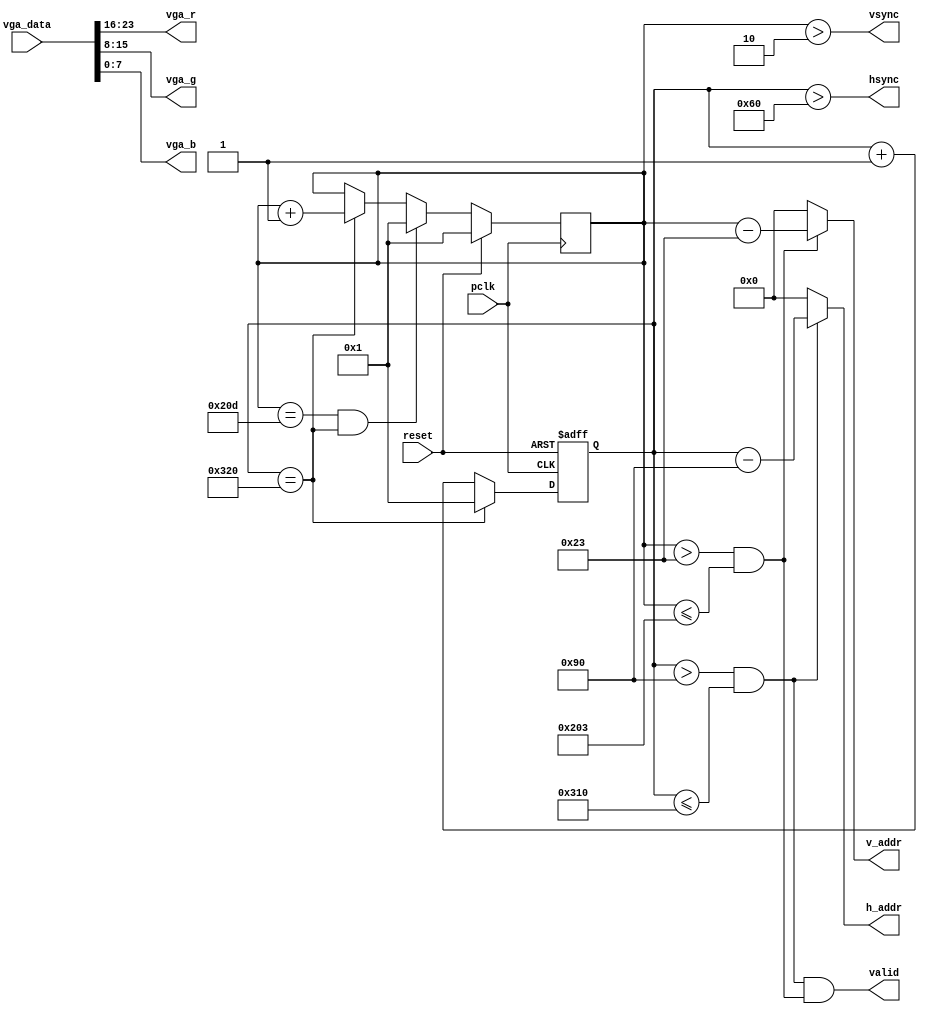
module vga_ctrl(
	input pclk,
	input reset,
	input [23:0] vga_data,
	output [9:0] h_addr,
	output [9:0] v_addr,
	output hsync,
	output vsync,
	output valid,
	output [7:0] vga_r,
	output [7:0] vga_g,
	output [7:0] vga_b
	);
	
	//640*480
	parameter h_frontporch = 96;
	parameter h_active = 144;
	parameter h_backporch = 784;
	parameter h_total = 800;
	
	parameter v_frontporch = 2;
	parameter v_active = 35;
	parameter v_backporch = 515;
	parameter v_total = 525;
	
	reg [9:0] x_cnt;
	reg [9:0] y_cnt;
	wire h_valid;
	wire v_valid;
	
	always @ (posedge reset or posedge pclk)
		if (reset == 1'b1)
			x_cnt <= 1;
		else 
		begin
			if (x_cnt == h_total)
				x_cnt <= 1;
			else 
				x_cnt <= x_cnt + 10'd1;
		end 
		
	always @ (posedge pclk)
		if (reset == 1'b1)
			y_cnt <= 1;
		else
		begin
			if (y_cnt == v_total & x_cnt == h_total)
				y_cnt <= 1;
			else if (x_cnt == h_total)
				y_cnt <= y_cnt + 1;
		end
		
	assign hsync = (x_cnt > h_frontporch);
	assign vsync = (y_cnt > v_frontporch);
	assign h_valid = (x_cnt > h_active) & (x_cnt <= h_backporch);
	assign v_valid = (y_cnt > v_active) & (y_cnt <= v_backporch);
	assign valid = h_valid & v_valid;
	assign h_addr = h_valid ? (x_cnt - 10'd144) : {10{1'b0}};
	assign v_addr = v_valid ? (y_cnt - 10'd35)  : {10{1'b0}};
	assign vga_r = vga_data[23:16];
	assign vga_g = vga_data[15:8];
	assign vga_b = vga_data[7:0];
	
endmodule